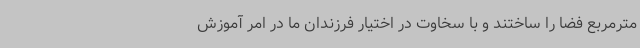
مترمربع فضا را ساختند و با سخاوت در اختیار فرزندان ما در امر آموزش